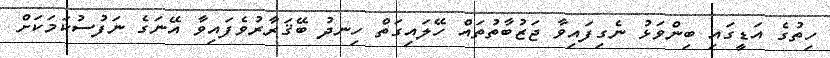
ހިތުގެ އަޑީގައި ބިންވަޅު ނެގިފައިވާ ޖަޒުބާތުތައް ހޭލައިގަތް ހިނދު ބޭޤަރާރުވެފައިވާ އޭނަގެ ނަފުސުކަމަކަށް